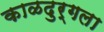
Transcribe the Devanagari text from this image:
काळदुर्गला